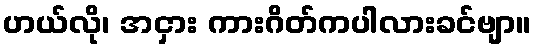
ဟယ်လို၊ အငှား ကားဂိတ်ကပါလားခင်ဗျာ။